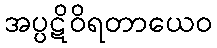
အပ္ပဋိဝိရတာယေဝ